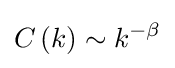
C\left(k\right)\sim k^{-\beta }